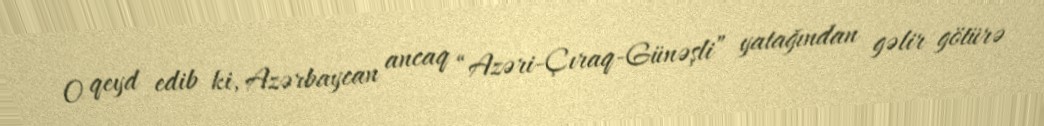
O qeyd edib ki, Azərbaycan ancaq “Azəri-Çıraq-Günəşli” yatağından gəlir götürə